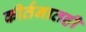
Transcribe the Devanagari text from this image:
कीर्तनातही